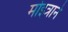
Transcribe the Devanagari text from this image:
मोइत्राने